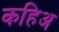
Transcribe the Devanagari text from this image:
कहिअ